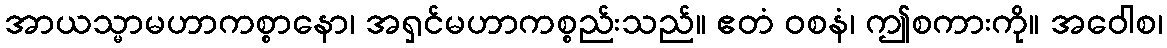
အာယသ္မာမဟာကစ္စာနော၊ အရှင်မဟာကစ္စည်းသည်။ ဧတံ ဝစနံ၊ ဤစကားကို။ အဝေါစ၊